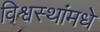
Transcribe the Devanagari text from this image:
विश्वस्थांमधे